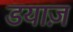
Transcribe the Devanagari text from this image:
डयाज़